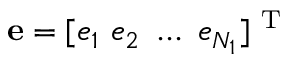
\mathbf { e } = [ e _ { 1 } ~ e _ { 2 } ~ \ldots ~ e _ { N _ { 1 } } ] ^ { \mathrm { ~ T ~ } }